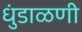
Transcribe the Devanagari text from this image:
धुंडाळणी